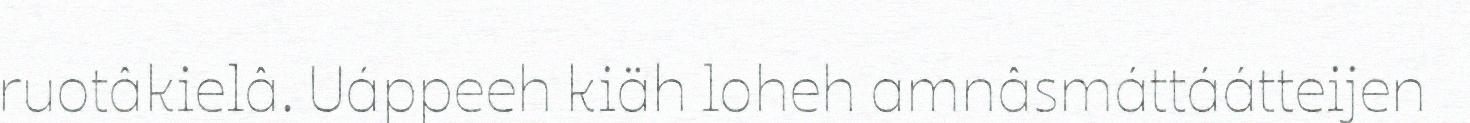
ruotâkielâ. Uáppeeh kiäh loheh amnâsmáttáátteijen